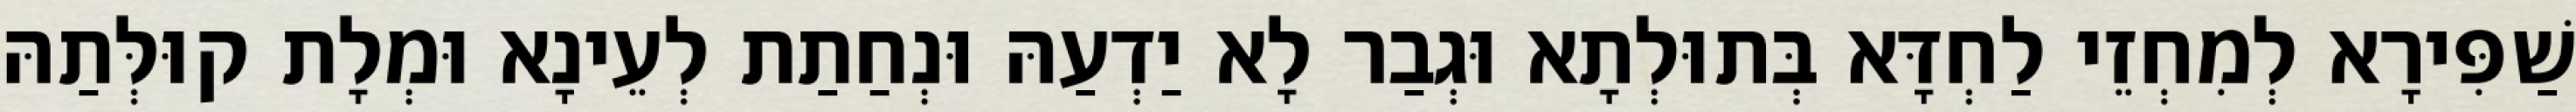
שַׁפִּירָא לְמִחְזֵי לַחְדָּא בְּתוּלְתָא וּגְבַר לָא יַדְעַהּ וּנְחַתַת לְעֵינָא וּמְלָת קוּלְּתַהּ